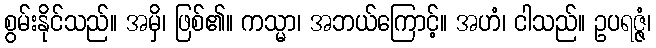
စွမ်းနိုင်သည်။ အမှိ၊ ဖြစ်၏။ ကသ္မာ၊ အဘယ်ကြောင့်။ အဟံ၊ ငါသည်။ ဥပရဇ္ဇံ၊